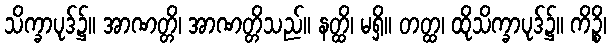
သိက္ခာပုဒ်၌။ အာဏတ္တိ၊ အာဏတ္တိသည်။ နတ္ထိ၊ မရှိ။ တတ္ထ၊ ထိုသိက္ခာပုဒ်၌။ ကိဉ္စိ၊